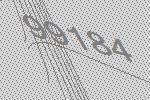
99184